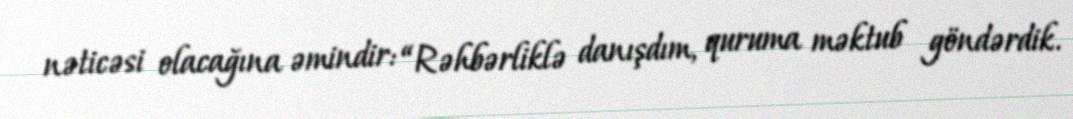
nəticəsi olacağına əmindir: “Rəhbərliklə danışdım, quruma məktub göndərdik.